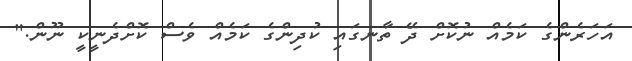
އަހަރެންގެ ކަމެއް ނުކޮށް ދޭ ތާނގައި ކުދިންގެ ކަމެއް ވެސް ކޮށްދެނީކީ ނޫން."